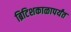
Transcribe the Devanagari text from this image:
ब्रिटिशकाळापर्यंत